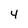
Character: 4